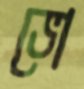
ভো